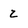
Character: z